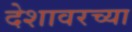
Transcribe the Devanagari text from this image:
देशावरच्या